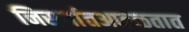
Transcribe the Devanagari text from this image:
निसर्गातआढळतात